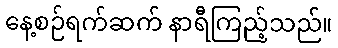
နေ့စဉ်ရက်ဆက် နာရီကြည့်သည်။